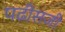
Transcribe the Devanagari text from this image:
पढी़सजी